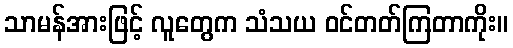
သာမန်အားဖြင့် လူတွေက သံသယ ဝင်တတ်ကြတာကိုး။